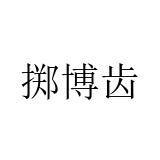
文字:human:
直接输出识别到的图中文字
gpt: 掷博齿